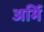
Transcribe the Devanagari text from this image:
अर्मि